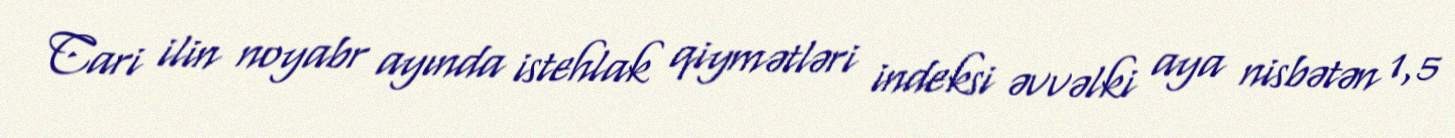
Cari ilin noyabr ayında istehlak qiymətləri indeksi əvvəlki aya nisbətən 1,5